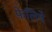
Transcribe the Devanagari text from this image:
फ़ेलिपे